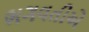
ભગવતીએ